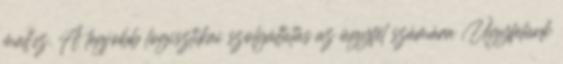
mall.cz. A legjobb logisztikai szolgáltatás az ügyfél számára Ügyfelünk